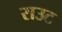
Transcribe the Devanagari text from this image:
राउट